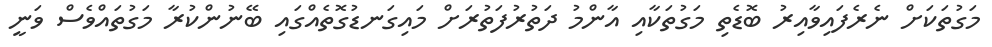
މަގުތަކަށް ނެރެފައިވާއިރު ބޮޑެތި މަގުތަކާއި އާންމު ދަތުރުފަތުރަށް މައިގަނޑުގޮތެއްގައި ބޭނުންކުރާ މަގުތައްވެސް ވަނީ